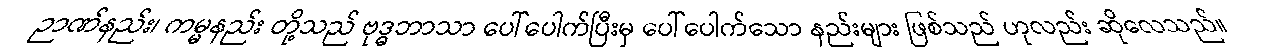
ဉာဏ်နည်း၊ ကမ္မနည်း တို့သည် ဗုဒ္ဓဘာသာ ပေါ်ပေါက်ပြီးမှ ပေါ်ပေါက်သော နည်းများ ဖြစ်သည် ဟုလည်း ဆိုလေသည်။